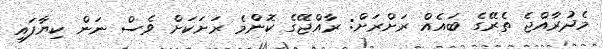
މެދުރާއްޖެ ތެރޭގެ ބައެއް ރަށްރަށް: ރާއްޖޭގެ ކޮންމެ ރަށަކަށް ވެސް ނަން ކިޔާފައި